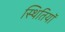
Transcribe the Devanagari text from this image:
स्थितियॉ